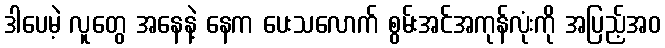
ဒါပေမဲ့ လူတွေ အနေနဲ့ နေက ပေးသလောက် စွမ်းအင်အကုန်လုံးကို အပြည့်အဝ